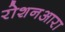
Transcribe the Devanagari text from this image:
रोशनआरा